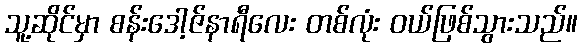
သူ့ဆိုင်မှာ စန်းဒေါ့ဇ်နာရီလေး တစ်လုံး ဝယ်ဖြစ်သွားသည်။